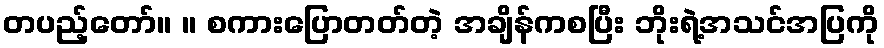
တပည့်တော်။ ။ စကားပြောတတ်တဲ့ အချိန်ကစပြီး ဘိုးရဲ့အသင်အပြကို